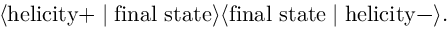
\langle \mathrm { h e l i c i t y } + \mid \mathrm { f i n a l \ s t a t e } \rangle \langle \mathrm { f i n a l \ s t a t e } \mid \mathrm { h e l i c i t y } - \rangle .